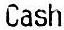
CASH